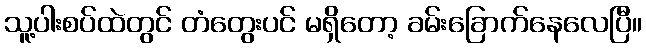
သူ့ပါးစပ်ထဲတွင် တံတွေးပင် မရှိတော့ ခမ်းခြောက်နေလေပြီ။